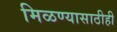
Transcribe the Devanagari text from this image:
मिळण्यासाठीही